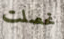
تحصلت